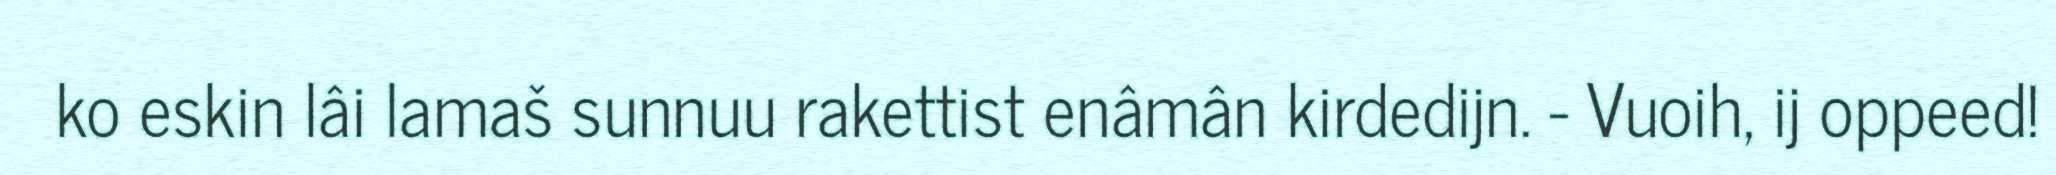
ko eskin lâi lamaš sunnuu rakettist enâmân kirdedijn. - Vuoih, ij oppeed!